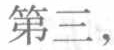
第三，